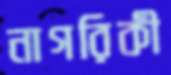
নাগরিকী